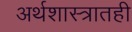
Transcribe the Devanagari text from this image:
अर्थशास्त्रातही